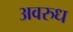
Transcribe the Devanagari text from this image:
अवरुध